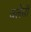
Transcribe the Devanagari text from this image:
वलेंसी